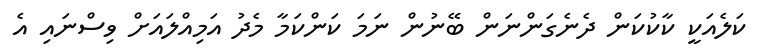
ކަލެއަކީ ކާކުކަން ދެނެގަންނަން ބޭނުން ނަމަ ކަންކަމާ މެދު އަމިއްލައަށް ވިސްނައި އެ